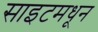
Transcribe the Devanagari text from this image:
साइटमधून